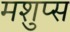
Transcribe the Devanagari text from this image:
मशुप्स